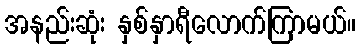
အနည်းဆုံး နှစ်နှာရီလောက်ကြာမယ်။